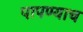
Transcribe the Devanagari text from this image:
पापण्याच